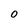
Character: 0